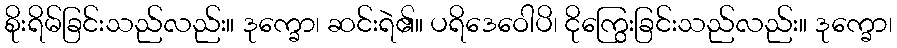
စိုးရိမ်ခြင်းသည်လည်း။ ဒုက္ခော၊ ဆင်းရဲ၏။ ပရိဒေဝေါပိ၊ ငိုကြွေးခြင်းသည်လည်း။ ဒုက္ခော၊